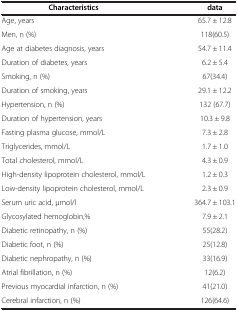
<table><thead><tr><td><b>Characteristics</b></td><td><b>data</b></td></tr></thead><tbody><tr><td>Age, years</td><td>65.7 ± 12.8</td></tr><tr><td>Men, n (%)</td><td>118(60.5)</td></tr><tr><td>Age at diabetes diagnosis, years</td><td>54.7 ± 11.4</td></tr><tr><td>Duration of diabetes, years</td><td>6.2 ± 5.4</td></tr><tr><td>Smoking, n (%)</td><td>67(34.4)</td></tr><tr><td>Duration of smoking, years</td><td>29.1 ± 12.2</td></tr><tr><td>Hypertension, n (%)</td><td>132 (67.7)</td></tr><tr><td>Duration of hypertension, years</td><td>10.3 ± 9.8</td></tr><tr><td>Fasting plasma glucose, mmol/L</td><td>7.3 ± 2.8</td></tr><tr><td>Triglycerides, mmol/L</td><td>1.7 ± 1.0</td></tr><tr><td>Total cholesterol, mmol/L</td><td>4.3 ± 0.9</td></tr><tr><td>High-density lipoprotein cholesterol, mmol/L</td><td>1.2 ± 0.3</td></tr><tr><td>Low-density lipoprotein cholesterol, mmol/L</td><td>2.3 ± 0.9</td></tr><tr><td>Serum uric acid, μmol/l</td><td>364.7 ± 103.1</td></tr><tr><td>Glycosylated hemoglobin,%</td><td>7.9 ± 2.1</td></tr><tr><td>Diabetic retinopathy, n (%)</td><td>55(28.2)</td></tr><tr><td>Diabetic foot, n (%)</td><td>25(12.8)</td></tr><tr><td>Diabetic nephropathy, n (%)</td><td>33(16.9)</td></tr><tr><td>Atrial fibrillation, n (%)</td><td>12(6.2)</td></tr><tr><td>Previous myocardial infarction, n (%)</td><td>41(21.0)</td></tr><tr><td>Cerebral infarction, n (%)</td><td>126(64.6)</td></tr></tbody></table>